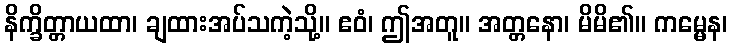
နိက္ခိတ္တာယထာ၊ ချထားအပ်သကဲ့သို့။ ဧဝံ၊ ဤအတူ။ အတ္တနော၊ မိမိ၏။ ကမ္မေန၊